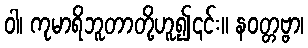
ဝါ၊ ကုမာရိဘူတာတို့ဟူ၍၎င်း။ နဝတ္တဗ္ဗာ၊